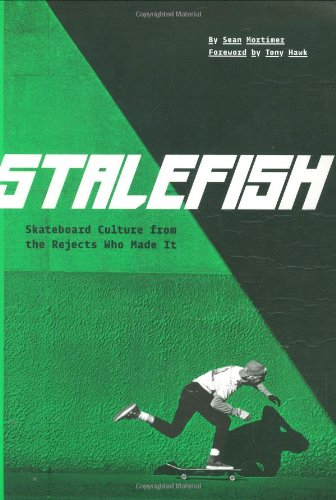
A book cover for Stalefish: skateboard culture from the rejects who made it; Sean Mortimer; Sports & Outdoors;